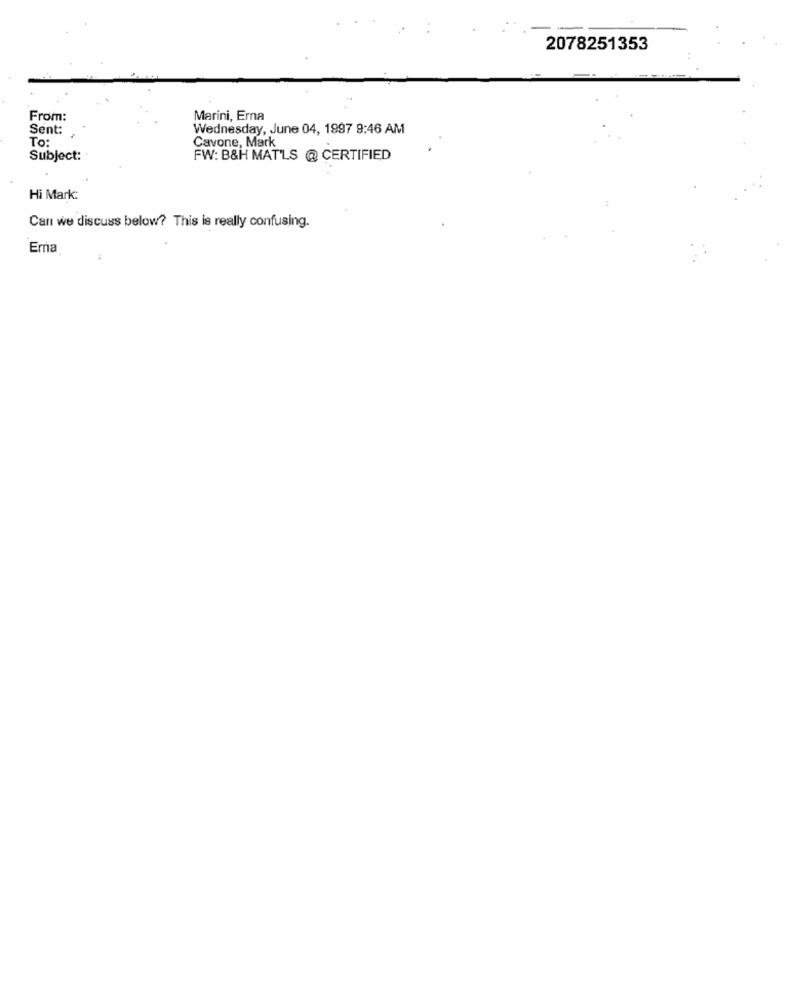
2078251353
From:
Marini, Erna
Sent:
Wednesday, June 04, 1997 9:46 AM
To:
Cavone, Mark
Subject:
FW: B&H MAT'LS @ CERTIFIED
Hi Mark:
Can we discuss below? This is really confusing.
Era